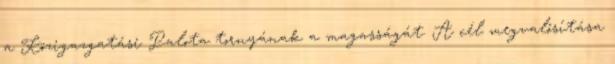
a Közigazgatási Palota tornyának a magasságát. A cél megvalósítása